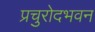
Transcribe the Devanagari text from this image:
प्रचुरोदभवन